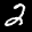
Label: 2